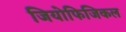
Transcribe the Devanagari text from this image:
जियोफिजिकल